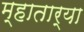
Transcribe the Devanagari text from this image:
म्हातार्‍या